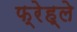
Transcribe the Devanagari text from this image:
फ्रेह्ले